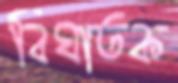
বিঘাতক